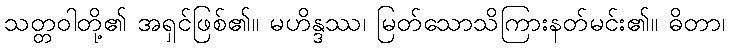
သတ္တဝါတို့၏ အရှင်ဖြစ်၏။ မဟိန္ဒဿ၊ မြတ်သောသိကြားနတ်မင်း၏။ ဓိတာ၊